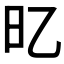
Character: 𣄻